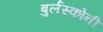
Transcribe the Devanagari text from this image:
बुर्लस्कोनी